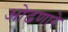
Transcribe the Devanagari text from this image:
ओढणारे